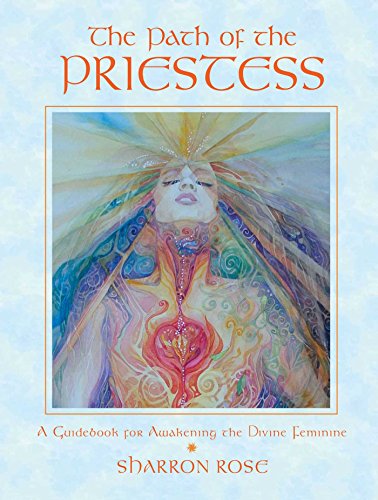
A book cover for The Path of the Priestess: A Guidebook for Awakening the Divine Feminine; Sharron Rose; Religion & Spirituality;